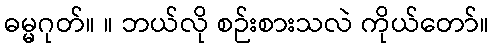
ဓမ္မဂုတ်။ ။ ဘယ်လို စဉ်းစားသလဲ ကိုယ်တော်။